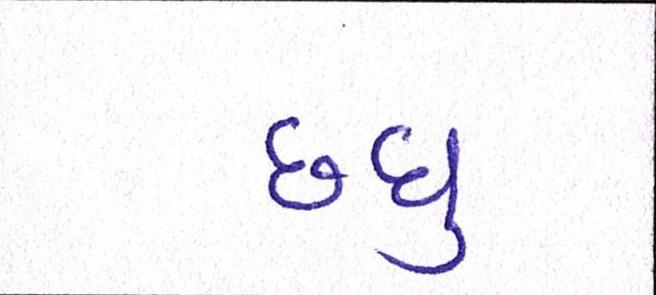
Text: છધુ